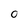
Character: O